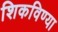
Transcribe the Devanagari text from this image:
शिकविण्या